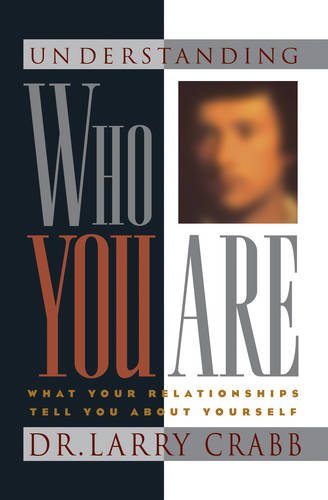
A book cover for Understanding Who You Are: What Your Relationships Tell You About Yourself (LifeChange); Larry Crabb; Religion & Spirituality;